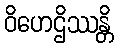
ဝိဟေဌိဿန္တိ